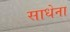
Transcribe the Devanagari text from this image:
साधेना